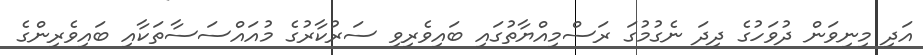
އަދި މިނިވަން ދުވަހުގެ ދިދަ ނެގުމުގަ ރަސްމިއްޔާތުގައި ބައިވެރިވި ސަރުކާރުގެ މުއައްސަސާތަކާއި ބައިވެރިންގެ